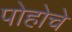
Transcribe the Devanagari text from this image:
पोहोचे